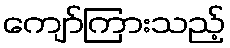
ကျော်ကြားသည့်